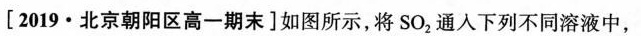
[2019·北京朝阳区高一期末]如图所示，将SO_{2}通人下列不同溶液中，